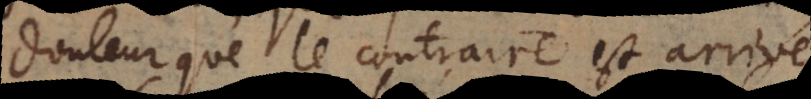
douleur que le contraire est arrivé.